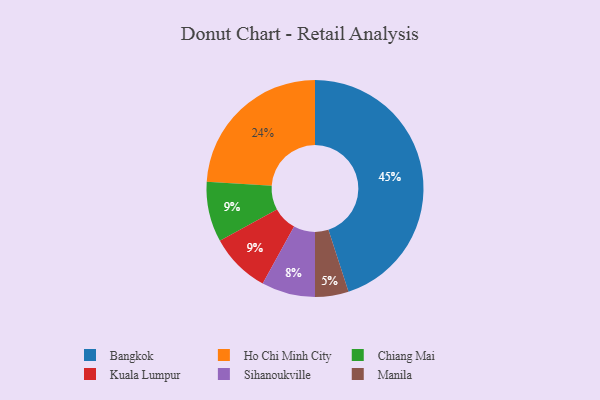
{"axis": {"x": "Category", "y": "Percentage"}, "legend": ["Bangkok", "Chiang Mai", "Ho Chi Minh City", "Kuala Lumpur", "Manila", "Sihanoukville"], "data": [{"x": "Manila", "y": 5, "type": "Manila"}, {"x": "Chiang Mai", "y": 9, "type": "Chiang Mai"}, {"x": "Ho Chi Minh City", "y": 24, "type": "Ho Chi Minh City"}, {"x": "Bangkok", "y": 45, "type": "Bangkok"}, {"x": "Kuala Lumpur", "y": 9, "type": "Kuala Lumpur"}, {"x": "Sihanoukville", "y": 8, "type": "Sihanoukville"}]}